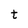
Character: t